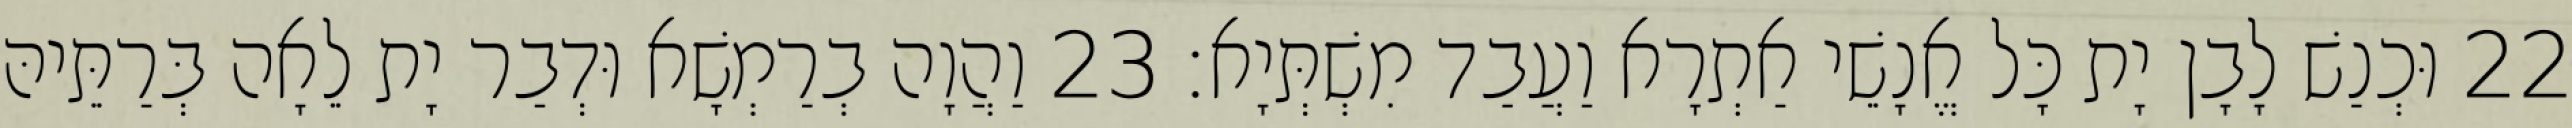
22 וּכְנַשׁ לָבָן יָת כָּל אֱנָשֵׁי אַתְרָא וַעֲבַד מִשְׁתְּיָא׃ 23 וַהֲוָה בְרַמְשָׁא וּדְבַר יָת לֵאָה בְּרַתֵּיהּ